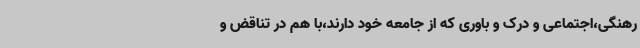
رهنگی،اجتماعی و درک و باوری که از جامعه خود دارند،با هم در تناقض و